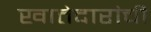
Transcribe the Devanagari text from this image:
खातेदारांची